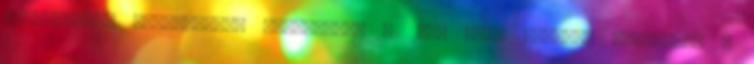
maximálisan feltölthető fájlméret: 32 MB. Fájl típusa: data.mime #